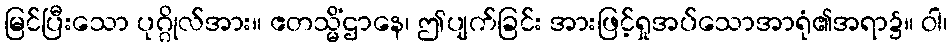
မြင်ပြီးသော ပုဂ္ဂိုလ်အား။ ဧတသ္မိံဌာနေ၊ ဤပျက်ခြင်း အားဖြင့်ရှုအပ်သောအာရုံ၏အရာ၌။ ဝါ၊